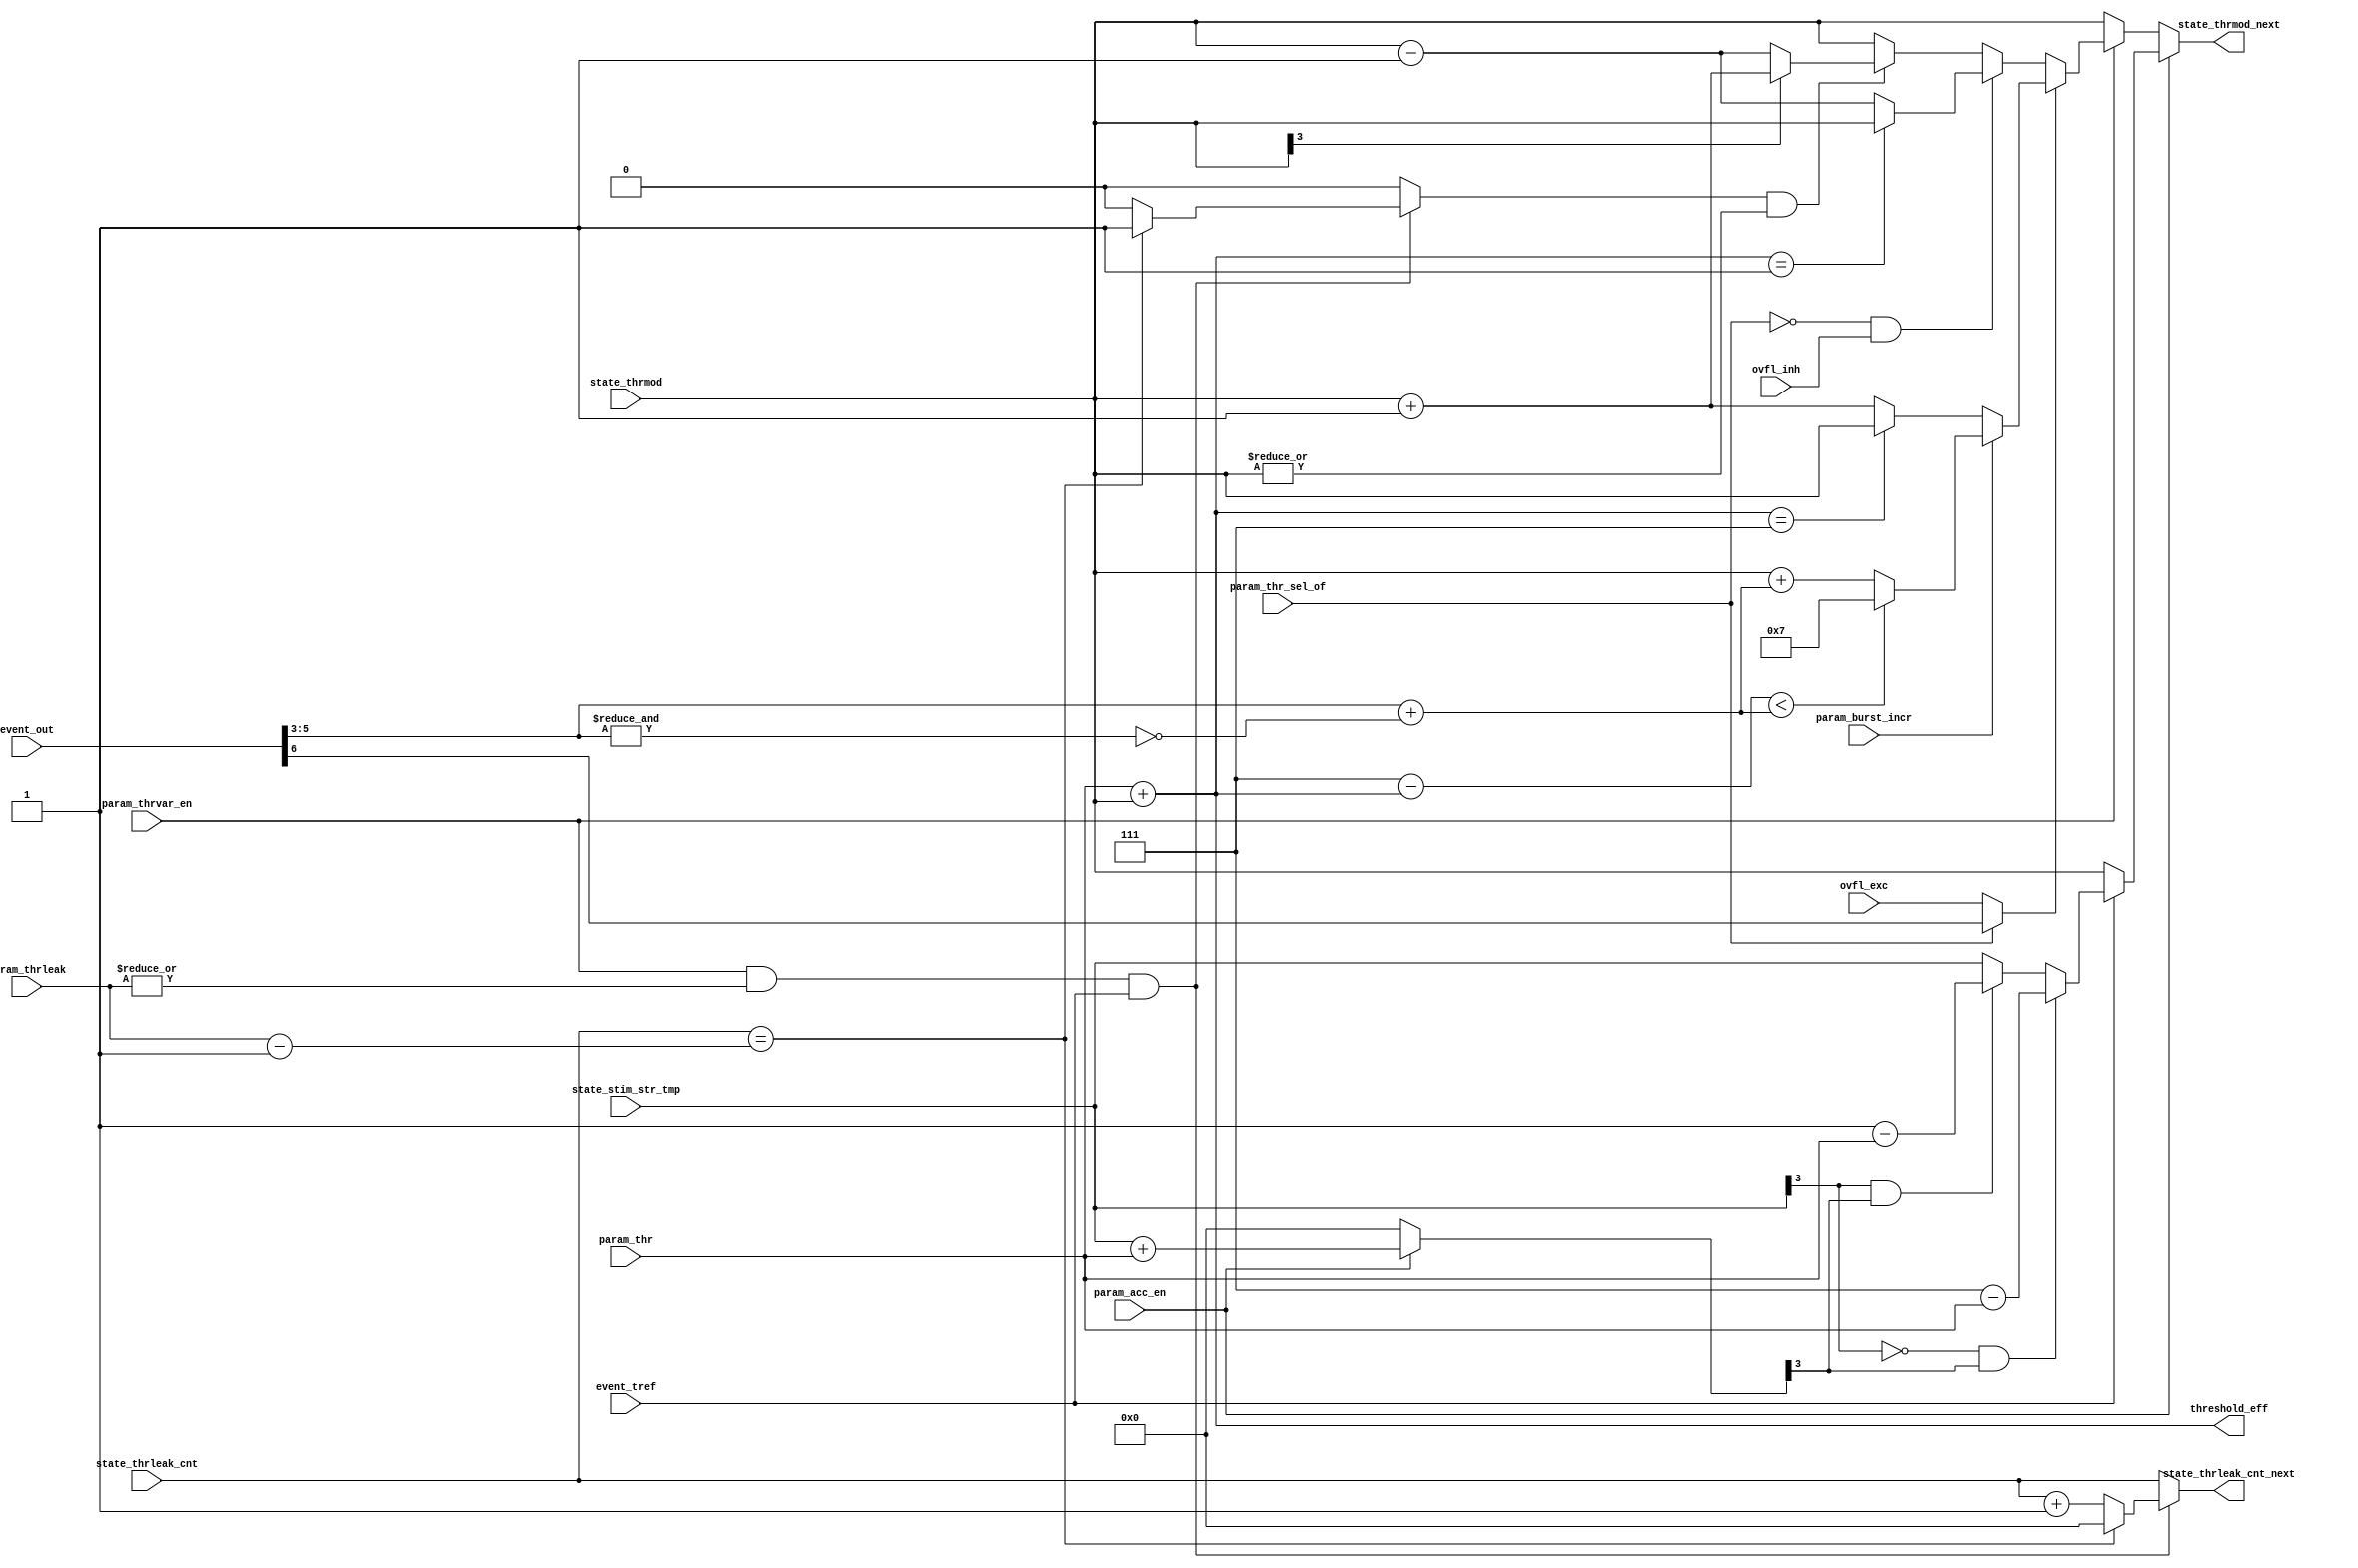
// Copyright (C) 2016-2019 Universit catholique de Louvain (UCLouvain), Belgium.
// Copyright and related rights are licensed under the Solderpad Hardware
// License, Version 2.0 (the "License"); you may not use this file except in
// compliance with the License.  You may obtain a copy of the License at
// http://solderpad.org/licenses/SHL-2.0/. The software, hardware and materials
// distributed under this License are provided in the hope that it will be useful
// on an as is basis, without warranties or conditions of any kind, either
// expressed or implied; without even the implied warranty of merchantability or
// fitness for a particular purpose. See the Solderpad Hardware License for more
// detailed permissions and limitations.
//------------------------------------------------------------------------------
//
// "izh_effective_threshold.v" - ODIN phenomenological Izhikevich neuron update logic (effective threshold part)
// 
// Project: ODIN - An online-learning digital spiking neuromorphic processor
//
//
// Cite/paper: C. Frenkel, M. Lefebvre, J.-D. Legat and D. Bol, "A 0.086-mm 12.7-pJ/SOP 64k-Synapse 256-Neuron Online-Learning
//             Digital Spiking Neuromorphic Processor in 28-nm CMOS," IEEE Transactions on Biomedical Circuits and Systems,
//             vol. 13, no. 1, pp. 145-158, 2019.
//
//------------------------------------------------------------------------------

 
module izh_effective_threshold ( 
    input  wire [          2:0] param_thr,               // neuron firing threshold parameter
    input  wire                 param_thrvar_en,         // threshold variability and spike frequency adaptation behavior enable parameter
    input  wire                 param_thr_sel_of,        // selection between O (0) and F (1) behaviors parameter (according to Izhikevich behavior numbering)
    input  wire [          3:0] param_thrleak,           // threshold leakage strength parameter
    input  wire                 param_acc_en,            // accommodation behavior enable parameter (requires threshold variability enabled)
    input  wire                 param_burst_incr,        // effective threshold and calcium incrementation by burst amount parameter
    input  wire [          3:0] state_thrmod,            // threshold modificator state from SRAM
    input  wire [          3:0] state_thrleak_cnt,       // threshold leakage state from SRAM
    input  wire [          3:0] state_stim_str_tmp,      // temporary stimulation strength state from SRAM 
    input  wire                 ovfl_inh,                // overflow excitatory type event signal
    input  wire                 ovfl_exc,                // overflow inhibitory type event signal
    input  wire                 event_tref,              // time reference event signal
    input  wire [          6:0] event_out,               // neuron spike event output 
    output reg  [          3:0] state_thrmod_next,       // next threshold modificator state to SRAM
    output reg  [          3:0] state_thrleak_cnt_next,  // next threshold leakage state to SRAM
    output wire [          3:0] threshold_eff            // neuron current effective threshold signal
);


    reg        thr_leak;
    wire [3:0] predicted_acc_thr;
    wire       spike_out;

    assign predicted_acc_thr = param_acc_en ? (state_stim_str_tmp + {1'b0,param_thr}): 4'b0;
    assign spike_out         = event_out[6];

    always @(*) begin 
        if (param_acc_en)
            if (event_tref)
                if (~state_stim_str_tmp[3] && predicted_acc_thr[3])
                    state_thrmod_next = 4'b0111 - {1'b0,param_thr};
                else if (state_stim_str_tmp[3] && predicted_acc_thr[3])
                    state_thrmod_next = 4'b0001 - {1'b0,param_thr};
                else
                    state_thrmod_next = state_stim_str_tmp;
            else 
                state_thrmod_next = state_thrmod;
        else if (param_thrvar_en)
            if (param_thr_sel_of ? spike_out : ovfl_exc)
                state_thrmod_next = param_burst_incr ? (((4'b0111 - threshold_eff) < {1'b0,event_out[5:3]+{2'b0,~&event_out[5:3]}}) ? 4'b0111 : (state_thrmod + {1'b0,event_out[5:3]+{2'b0,~&event_out[5:3]}})) : ((threshold_eff == 4'b0111) ? state_thrmod : (state_thrmod + 4'b1));
            else if (~param_thr_sel_of && ovfl_inh)
                state_thrmod_next = (threshold_eff == 4'b0001) ? state_thrmod : (state_thrmod - 4'b1);
            else if (thr_leak && |state_thrmod)
                state_thrmod_next = state_thrmod[3] ? (state_thrmod + 4'b1) : (state_thrmod - 4'b1);
            else 
                state_thrmod_next = state_thrmod;
        else
            state_thrmod_next = state_thrmod;
    end

    assign threshold_eff = {1'b0,param_thr} + state_thrmod;

    always @(*) begin 
        if (param_thrvar_en && |param_thrleak && event_tref)
            if (state_thrleak_cnt == (param_thrleak - 4'b1)) begin
                state_thrleak_cnt_next = 4'b0;
                thr_leak               = 1'b1;
            end else begin
                state_thrleak_cnt_next = state_thrleak_cnt + 4'b1;
                thr_leak               = 1'b0;
            end
        else begin
            state_thrleak_cnt_next = state_thrleak_cnt;
            thr_leak               = 1'b0;
        end
    end

endmodule